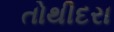
તોથીદરા